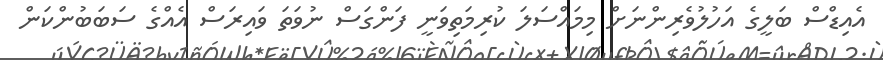
އެއިޑްސް ބަލީގެ އަހުލުވެރިންނަށް މިމައްސަލަ ކުރިމަތިވަނީ ފަންގަސް ނުވަތަ ވައިރަސް އެއްގެ ސަބަބުންކަން